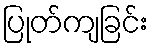
ပြုတ်ကျခြင်း